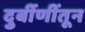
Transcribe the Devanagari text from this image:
दुर्बीणींतून